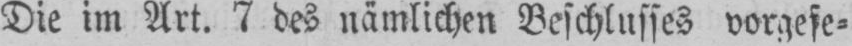
Die im Art. 7 des nämlichen Beschlusses vorgese⸗